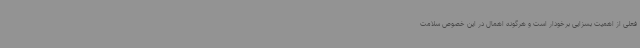
فعلی از اهمیت بسزایی برخودار است و هرگونه اهمال در این خصوص سلامت